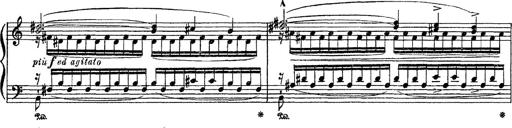
Title: Apparitions
Composer: Franz Liszt